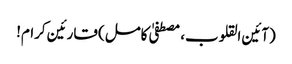
(آئین القلوب، مصطفیٰ کامل) قارئین کرام!